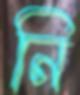
নি